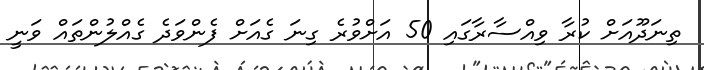
ތިނަދޫއަށް ކުރާ ވިއްސާރާގައި 50 އަށްވުރެ ގިނަ ގެއަށް ފެންވަދެ ގެއްލުންތައް ވަނީ